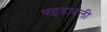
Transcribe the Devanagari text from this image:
षट्पदावली